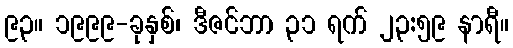
၉၃။ ၁၉၉၉-ခုနှစ်၊ ဒီဇင်ဘာ ၃၁ ရက် ၂၃:၅၉ နာရီ။